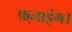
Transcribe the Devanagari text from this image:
फ़्लाइंग।